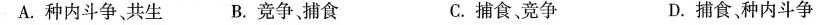
A.种内斗争、共生 B.竞争，捕食 C.捕食竞争 D.捕食、种内斗争